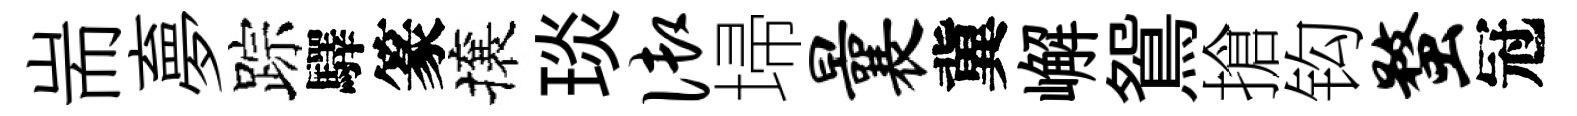
耑夣踪驛篆攘琰御埽曩冀嶰鴛搶钩蝥冠